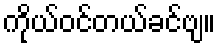
ကိုယ်ဝင်တယ်ခင်ဗျ။